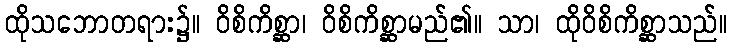
ထိုသဘောတရား၌။ ဝိစိကိစ္ဆာ၊ ဝိစိကိစ္ဆာမည်၏။ သာ၊ ထိုဝိစိကိစ္ဆာသည်။